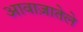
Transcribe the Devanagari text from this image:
आवाज़ातेले